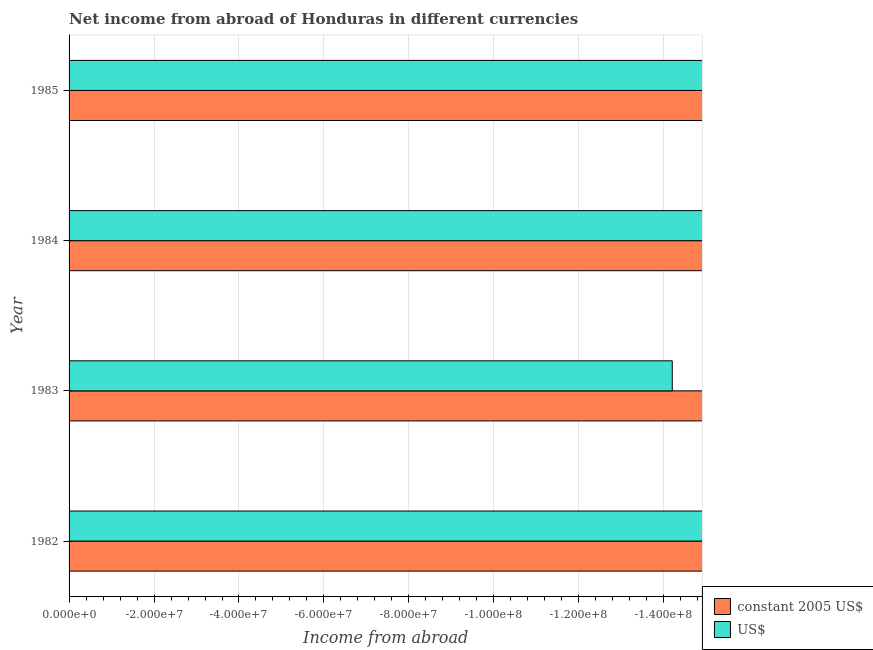
| Year | constant 2005 US$ | US$ |
 | --- | --- | --- |
 | 1982 | -3.85e+08 | -1.92e+08 |
 | 1983 | -2.84e+08 | -1.42e+08 |
 | 1984 | -3.08e+08 | -1.54e+08 |
 | 1985 | -3.25e+08 | -1.62e+08 |